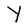
Character: Y